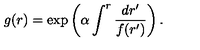
g ( r ) = \exp \left( \alpha \int ^ { r } { \frac { d r ^ { \prime } } { f ( r ^ { \prime } ) } } \right) .